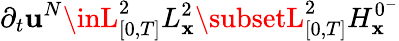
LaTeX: \partial_{t}\mathbf{u}^{N}\inL_{[0,T]}^{2}L_{\mathbf{x}}^{2}\subsetL_{[0,T]}^{2}H_{\mathbf{x}}^{0^{-}}